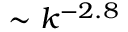
\sim k ^ { - 2 . 8 }